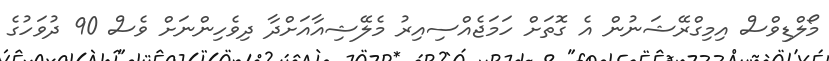
މޯލްޑިވްސް އިމިގްރޭޝަނުން އެ ގޮތަށް ހަމަޖެއްސިއިރު މެލޭޝިއާއަށްދާ ދިވެހިންނަށް ވެސް 90 ދުވަހުގެ